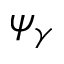
\psi _ { \gamma }